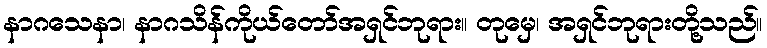
နာဂသေနာ၊ နာဂသိန်ကိုယ်တော်အရှင်ဘုရား။ တုမှေ၊ အရှင်ဘုရားတို့သည်။